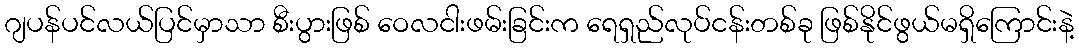
ဂျပန်ပင်လယ်ပြင်မှာသာ စီးပွားဖြစ် ဝေလငါးဖမ်းခြင်းက ရေရှည်လုပ်ငန်းတစ်ခု ဖြစ်နိုင်ဖွယ်မရှိကြောင်းနဲ့